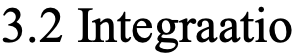
3.2 Integraatio